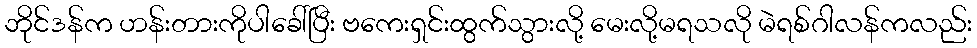
ဘိုင်ဒန်က ဟန်းတားကိုပါခေါ်ပြီး ဗကေးရှင်းထွက်သွားလို့ မေးလို့မရသလို မဲရစ်ဂါလန်ကလည်း